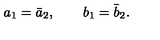
a _ { 1 } = \bar { a } _ { 2 } , \qquad b _ { 1 } = \bar { b } _ { 2 } .